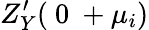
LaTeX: Z_{Y}^{\prime}({\mathrm{~0~}+\mu_{i}})